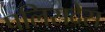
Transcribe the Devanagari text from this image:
पलिसदेस